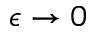
\epsilon \to 0